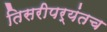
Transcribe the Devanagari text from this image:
तिसरीपर्यंतच